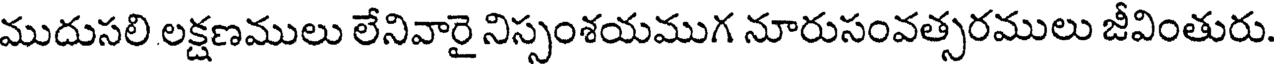
ముదుసలి లక్షణములు లేనివారై నిస్సంశయముగ నూరుసంవత్సరములు జీవింతురు